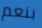
بنعم